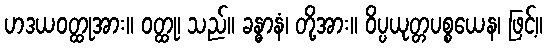
ဟဒယဝတ္ထုအား။ ဝတ္ထု၊ သည်။ ခန္ဓာနံ၊ တို့အား။ ဝိပ္ပယုတ္တပစ္စယေန၊ ဖြင့်။